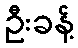
ဦးခန့်